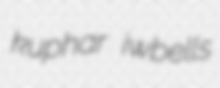
kuphar iwbells